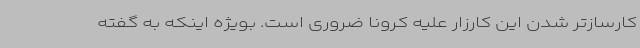
کارسازتر شدن این کارزار علیه کرونا ضروری است. بویژه اینکه به گفته